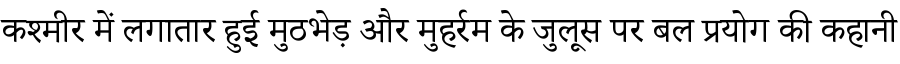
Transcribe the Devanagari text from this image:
कश्मीर में लगातार हुई मुठभेड़ और मुहर्रम के जुलूस पर बल प्रयोग की कहानी